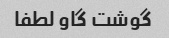
گوشت گاو لطفا